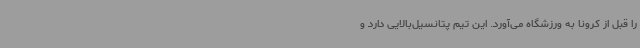
را قبل از کرونا به ورزشگاه می‌آورد. این تیم پتانسیل‌بالایی دارد و